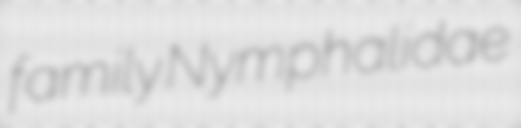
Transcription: family Nymphalidae